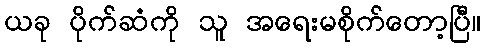
ယခု ပိုက်ဆံကို သူ အရေးမစိုက်တော့ပြီ။